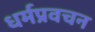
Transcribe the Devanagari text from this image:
धर्मप्रवचन